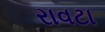
રાવટા